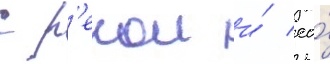
с р'екои и́ ео́